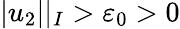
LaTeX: |u_{2}||_{I}>{\varepsilon}_{0}>0